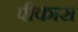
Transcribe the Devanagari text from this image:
पीकास